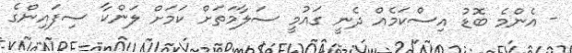
- އެންމެ ބޮޑު އިސްކަމެއް ދެނީ ގައުމީ ސަލާމަތަށް ކަމަށް ލަންކާ ސިފައިންގެ